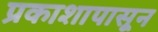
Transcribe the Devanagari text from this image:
प्रकाशापासून